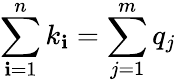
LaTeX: \sum\limits_{\mathbf{i}=1}^{n}k_{\mathbf{i}}=\sum\limits_{j=1}^{m}q_{j}